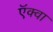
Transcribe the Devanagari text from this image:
ऍक्वा